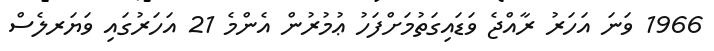
1966 ވަނަ އަހަރު ރާއްޖެ ވަޑައިގަތުމަށްފަހު ޢުމުރުން އެންމެ 21 އަހަރުގައި ވަޔަރލެސް